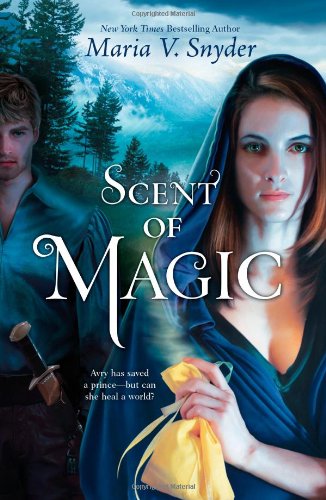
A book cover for Scent of Magic (Healer); Maria V. Snyder; Romance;